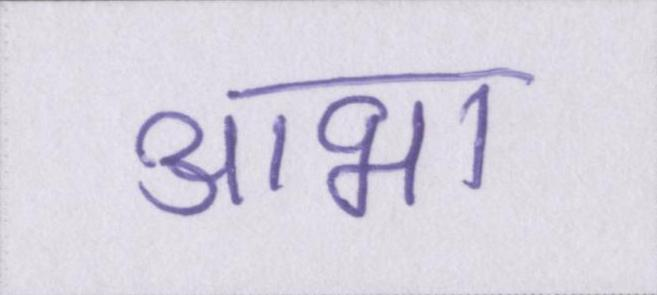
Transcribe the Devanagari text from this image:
आभा